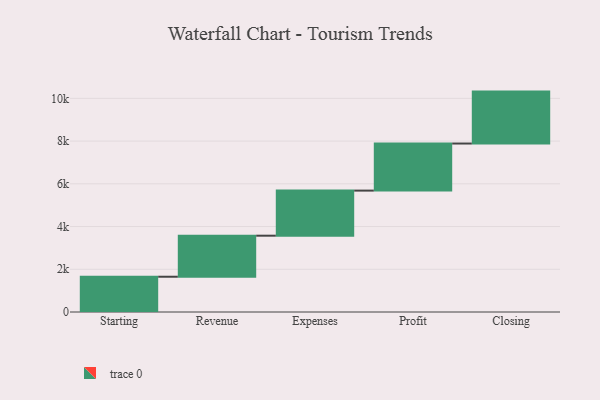
{"axis": {"x": "Step", "y": "Value"}, "legend": [""], "data": [{"x": "Starting", "y": 1651.0, "type": ""}, {"x": "Revenue", "y": 1921.0, "type": ""}, {"x": "Expenses", "y": 2111.0, "type": ""}, {"x": "Profit", "y": 2203.0, "type": ""}, {"x": "Closing", "y": 2431.0, "type": ""}]}